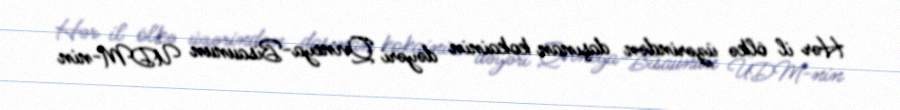
Hər il ölkə üzərindən daşınan kokainin dəyəri Qvineya-Bisaunun ÜDM-nin